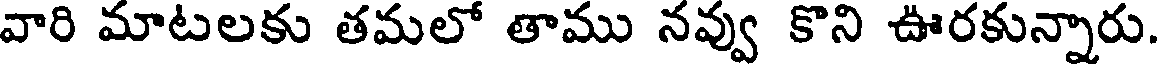
వారి మాటలకు తమలో తాము నవ్వు కొని ఊరకున్నారు.